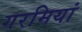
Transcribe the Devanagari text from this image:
गरमियां